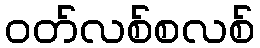
ဝတ်လစ်စလစ်